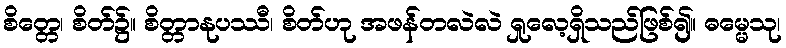
စိတ္တေ၊ စိတ်၌။ စိတ္တာနုပဿီ၊ စိတ်ဟု အဖန်တလဲလဲ ရှုလေ့ရှိသည်ဖြစ်၍။ ဓမ္မေသု၊